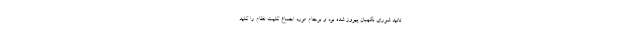
تائید شورای نگهبان پیروز شده بود و برجام مورد اجماع کلیت نظام را کلید